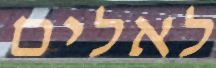
לאלים